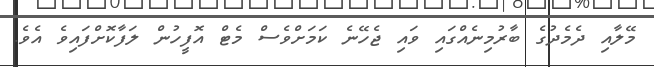
މޭލާއި ދެމެދުގެ ބާރުމިނެއްގައި ވައި ޖެހޭނެ ކަމަށްވެސް މެޓް އޮފީހުން ލަފާކޮށްފައިވެ އެވެ.